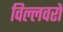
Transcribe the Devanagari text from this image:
विल्लवरों